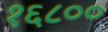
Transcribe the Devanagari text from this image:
१६८००